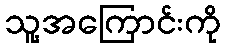
သူ့အကြောင်းကို